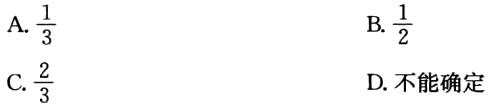
A. \(\frac{1}{3}\)
B. \(\frac{1}{2}\)
C. \(\frac{2}{3}\)
D. 不能确定